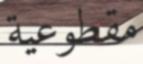
مقطوعية